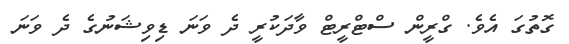
ގޮތުގަ އެވެ. ގްރީން ސްޓްރީޓް ވާދަކުރީ ދެ ވަނަ ޑިވިޝަނުގެ ދެ ވަނަ